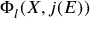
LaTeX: \Phi _ { l } ( X , j ( E ) )